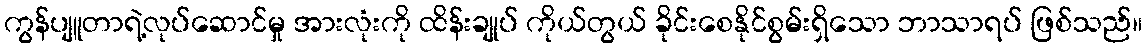
ကွန်ပျူတာရဲ့လုပ်ဆောင်မှု အားလုံးကို ထိန်းချုပ် ကိုယ်တွယ် ခိုင်းစေနိုင်စွမ်းရှိသော ဘာသာရပ် ဖြစ်သည်။